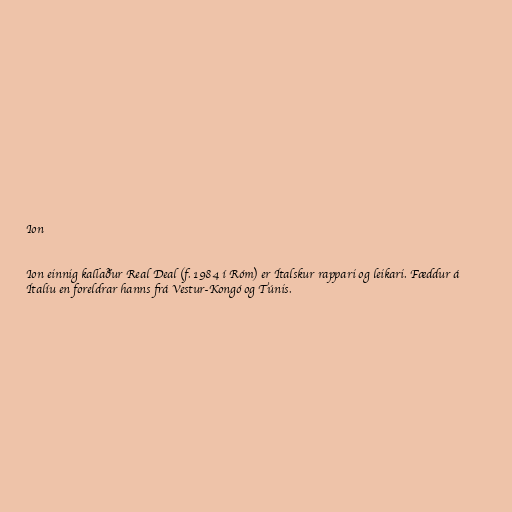
Ion

Ion einnig kallaður Real Deal (f. 1984 í Róm) er Ítalskur rappari og leikari. Fæddur á
Ítalíu en foreldrar hanns frá Vestur-Kongó og Túnis.